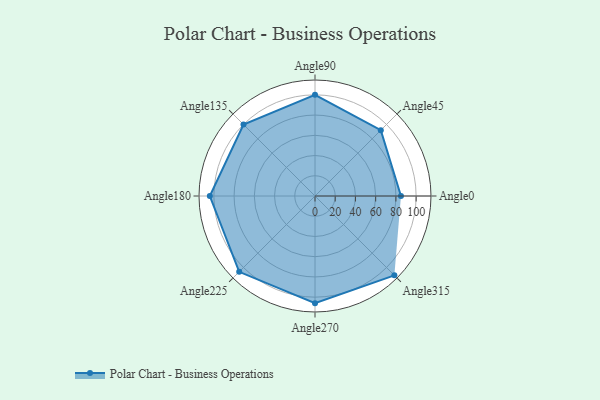
{"axis": {"x": "Angle", "y": "Radius"}, "legend": [""], "data": [{"x": "Angle0", "y": 85.0, "type": ""}, {"x": "Angle45", "y": 92.0, "type": ""}, {"x": "Angle90", "y": 100.0, "type": ""}, {"x": "Angle135", "y": 100.0, "type": ""}, {"x": "Angle180", "y": 104.0, "type": ""}, {"x": "Angle225", "y": 106.0, "type": ""}, {"x": "Angle270", "y": 106.0, "type": ""}, {"x": "Angle315", "y": 111.0, "type": ""}]}